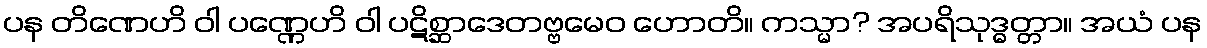
ပန တိဏေဟိ ဝါ ပဏ္ဏေဟိ ဝါ ပဋိစ္ဆာဒေတဗ္ဗမေဝ ဟောတိ။ ကသ္မာ? အပရိသုဒ္ဓတ္တာ။ အယံ ပန